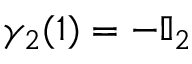
\gamma _ { 2 } ( 1 ) = - \mathbb { I } _ { 2 }